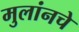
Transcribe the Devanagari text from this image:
मुलांनचे